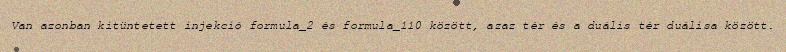
Van azonban kitüntetett injekció formula_2 és formula_110 között, azaz tér és a duális tér duálisa között.